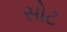
સોટ